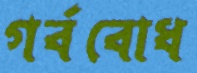
গর্ববোধ